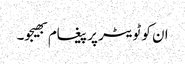
ان کو ٹویٹر پر پیغام بھیجو۔